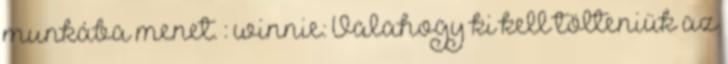
munkába menet. : winnie: Valahogy ki kell tölteniük az